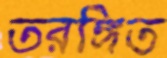
তরঙ্গিত